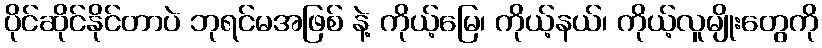
ပိုင်ဆိုင်နိုင်တာပဲ ဘုရင်မအဖြစ် နဲ့ ကိုယ့်မြေ၊ ကိုယ့်နယ်၊ ကိုယ့်လူမျိုးတွေကို